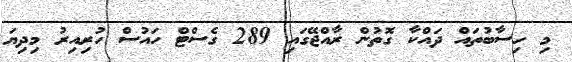
މި ހިސާބުތައް ދައްކާ ގޮތުން ރާއްޖޭގައި 289 ގެސްޓް ހައުސް ހުރިއިރު މިދިޔަ